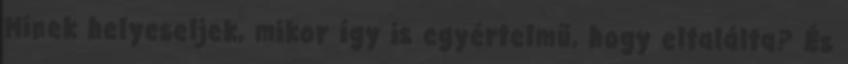
Minek helyeseljek, mikor így is egyértelmű, hogy eltalálta? És